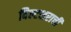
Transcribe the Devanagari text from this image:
विल्टशराची